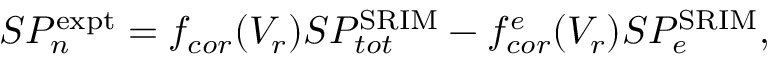
S P _ { n } ^ { \mathrm { e x p t } } = f _ { c o r } ( V _ { r } ) S P _ { t o t } ^ { \mathrm { S R I M } } - f _ { c o r } ^ { e } ( V _ { r } ) S P _ { e } ^ { \mathrm { S R I M } } ,